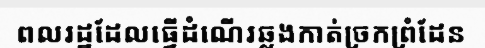
ពលរដ្ឋដែលធ្វើដំណើរឆ្លងកាត់ច្រកព្រំដែន